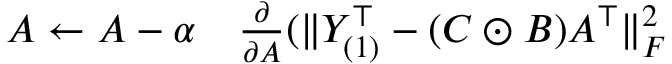
\begin{array} { r l } { A \gets A - \alpha } & { { } \frac { \partial } { \partial A } ( \| Y _ { ( 1 ) } ^ { \top } - ( C \odot B ) A ^ { \top } \| _ { F } ^ { 2 } } \end{array}